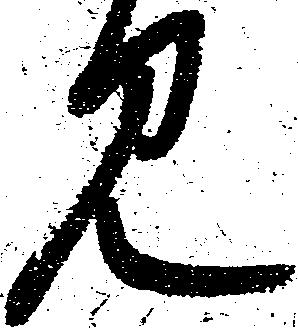
見